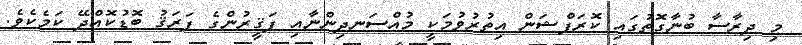
މި ދިރާސާ ބުނާގޮތުގައި ކޮރަޕްޝަން އިތުރުވުމަކީ މުއްސަނދިންނާއި ފަޤީރުންގެ ފަރަޤު ބޮޑުކޮއްދޭ ކަމެކެވެ.